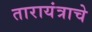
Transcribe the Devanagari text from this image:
तारायंत्राचे